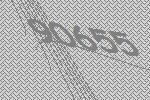
90655